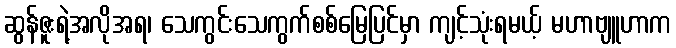
ဆွန်ဇူးရဲ့အလိုအရ၊ သေကွင်းသေကွက်စစ်မြေပြင်မှာ ကျင့်သုံးရမယ့် မဟာဗျူဟာက